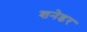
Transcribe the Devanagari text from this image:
शनेडर